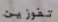
تفوزين